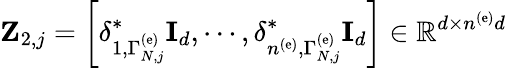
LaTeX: {\mathbf Z}_{2,j}=\left[\delta_{1,\Gamma_{N,j}^{\left(\mathrm{e}\right)}}^{*}{\mathbf I}_{d},\cdots,\delta_{n^{\left(\mathrm{e}\right)},\Gamma_{N,j}^{\left(\mathrm{e}\right)}}^{*}{\mathbf I}_{d}\right]\in\mathbb{R}^{d\times n^{\left(\mathrm{e}\right)}d}